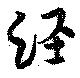
經